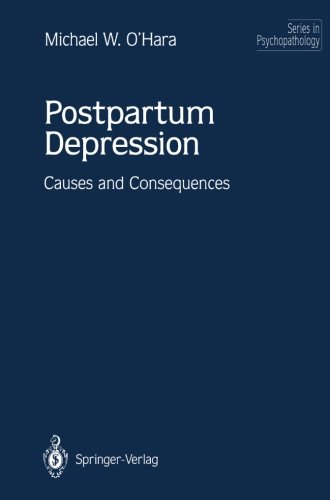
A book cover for Postpartum Depression: Causes and Consequences (Series in Psychopathology); Michael W. O'Hara; Health, Fitness & Dieting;